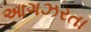
આગઝરતા